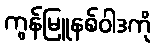
ကွန်မြူနစ်ဝါဒကို